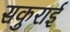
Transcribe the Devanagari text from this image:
सकुराई